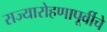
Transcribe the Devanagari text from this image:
राज्यारोहणापूर्वीचे